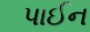
પાઈન